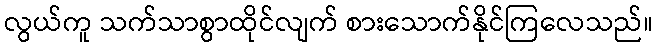
လွယ်ကူ သက်သာစွာထိုင်လျက် စားသောက်နိုင်ကြလေသည်။